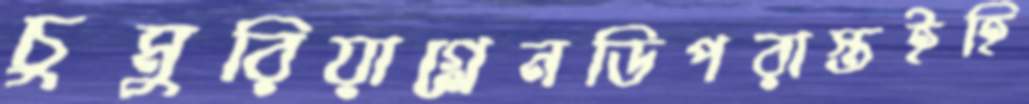
চুমুরিয়াগ্লেনডিপরাস্তইহি